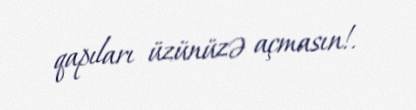
qapıları üzünüzə açmasın!.